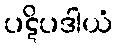
ပဋိပဒါယံ